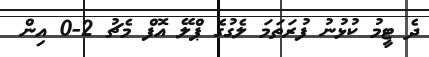
ދެ ޓީމު ކުޅުނު ފުރަތަމަ ލެގުގެ ޕްލޭ އޮފް މެޗު 2-0 އިން